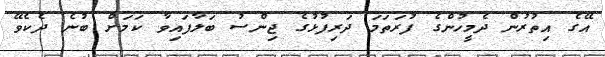
އޭގެ އިތުރުން ދެމީހުންގެ ފުރަތަމަ ދަރިފުޅުގެ ޖިންސު ބަލާފައިވާ ކަމަށް ބުނެ ދެކެވޭ